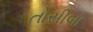
તોસીબા